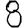
Digit: 8